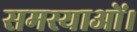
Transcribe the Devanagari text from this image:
समस्याओं।